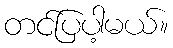
တင်ပြပါ့မယ်။